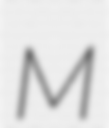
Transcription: M